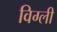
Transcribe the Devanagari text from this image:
विग्ली